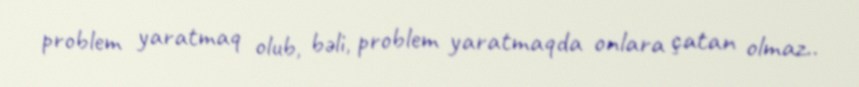
problem yaratmaq olub, bəli, problem yaratmaqda onlara çatan olmaz..